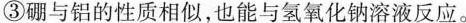
③硼与铝的性质相似，也能与氢氧化钠溶液反应。